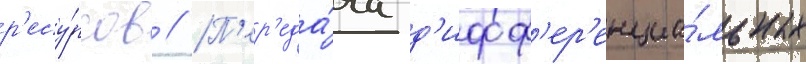
р'есу́рсов // П'ер'еда́ча д'ифф'ер'енциа́льных